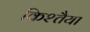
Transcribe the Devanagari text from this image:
किश्तैया